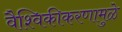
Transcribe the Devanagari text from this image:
वैश्विकीकरणामुळे